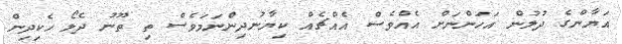
އަޔާންގެ ދުލުން އަހަންނަށް އެއްވެސް އެއްޗެއް ކިޔާނުދިންނަމަވެސް ތި ތޫނު ދެލޯ ހެކިދިން